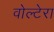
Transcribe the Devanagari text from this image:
वोल्टेरा